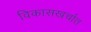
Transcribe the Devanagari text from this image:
विकासखर्चात